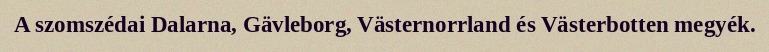
A szomszédai Dalarna, Gävleborg, Västernorrland és Västerbotten megyék.